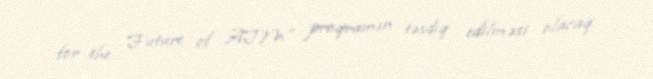
for the Future of ATM” proqramın təsdiq edilməsi olacaq.